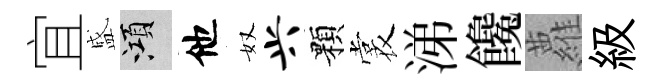
宜盛澒他奴兴顆裳涕饞蘿級